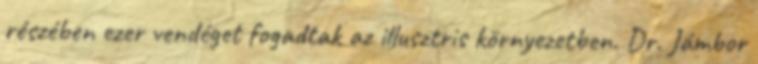
részében ezer vendéget fogadtak az illusztris környezetben. Dr. Jámbor